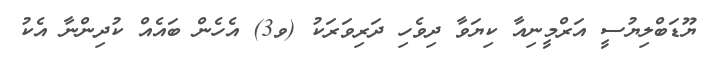
ޔޫޑަބްލިޔުސީ އަރްމީނިއާ ކިޔަވާ ދިވެހި ދަރިވަރަކު (ވ3) އެހެން ބައެއް ކުދިންނާ އެކު